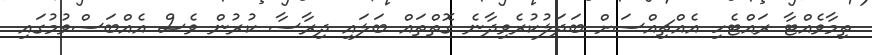
ތިމާވެއްޓާ ރައްޓެހި އެއްޗިއްސަށް ބަދަލުކުރެވިދާނެ ގޮތްތައް ބަލައި ދިރާސާ ކުރުން ވެސް އެއްބަސްވުމުގައި